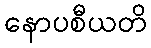
နောပစီယတိ